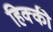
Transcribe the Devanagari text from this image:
हिक्‍की